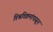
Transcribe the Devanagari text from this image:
विश्वविक्रमांपासून